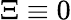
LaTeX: \Xi\equiv 0